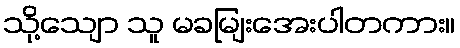
သို့သျော သူ မခမျြးအေးပါတကား။